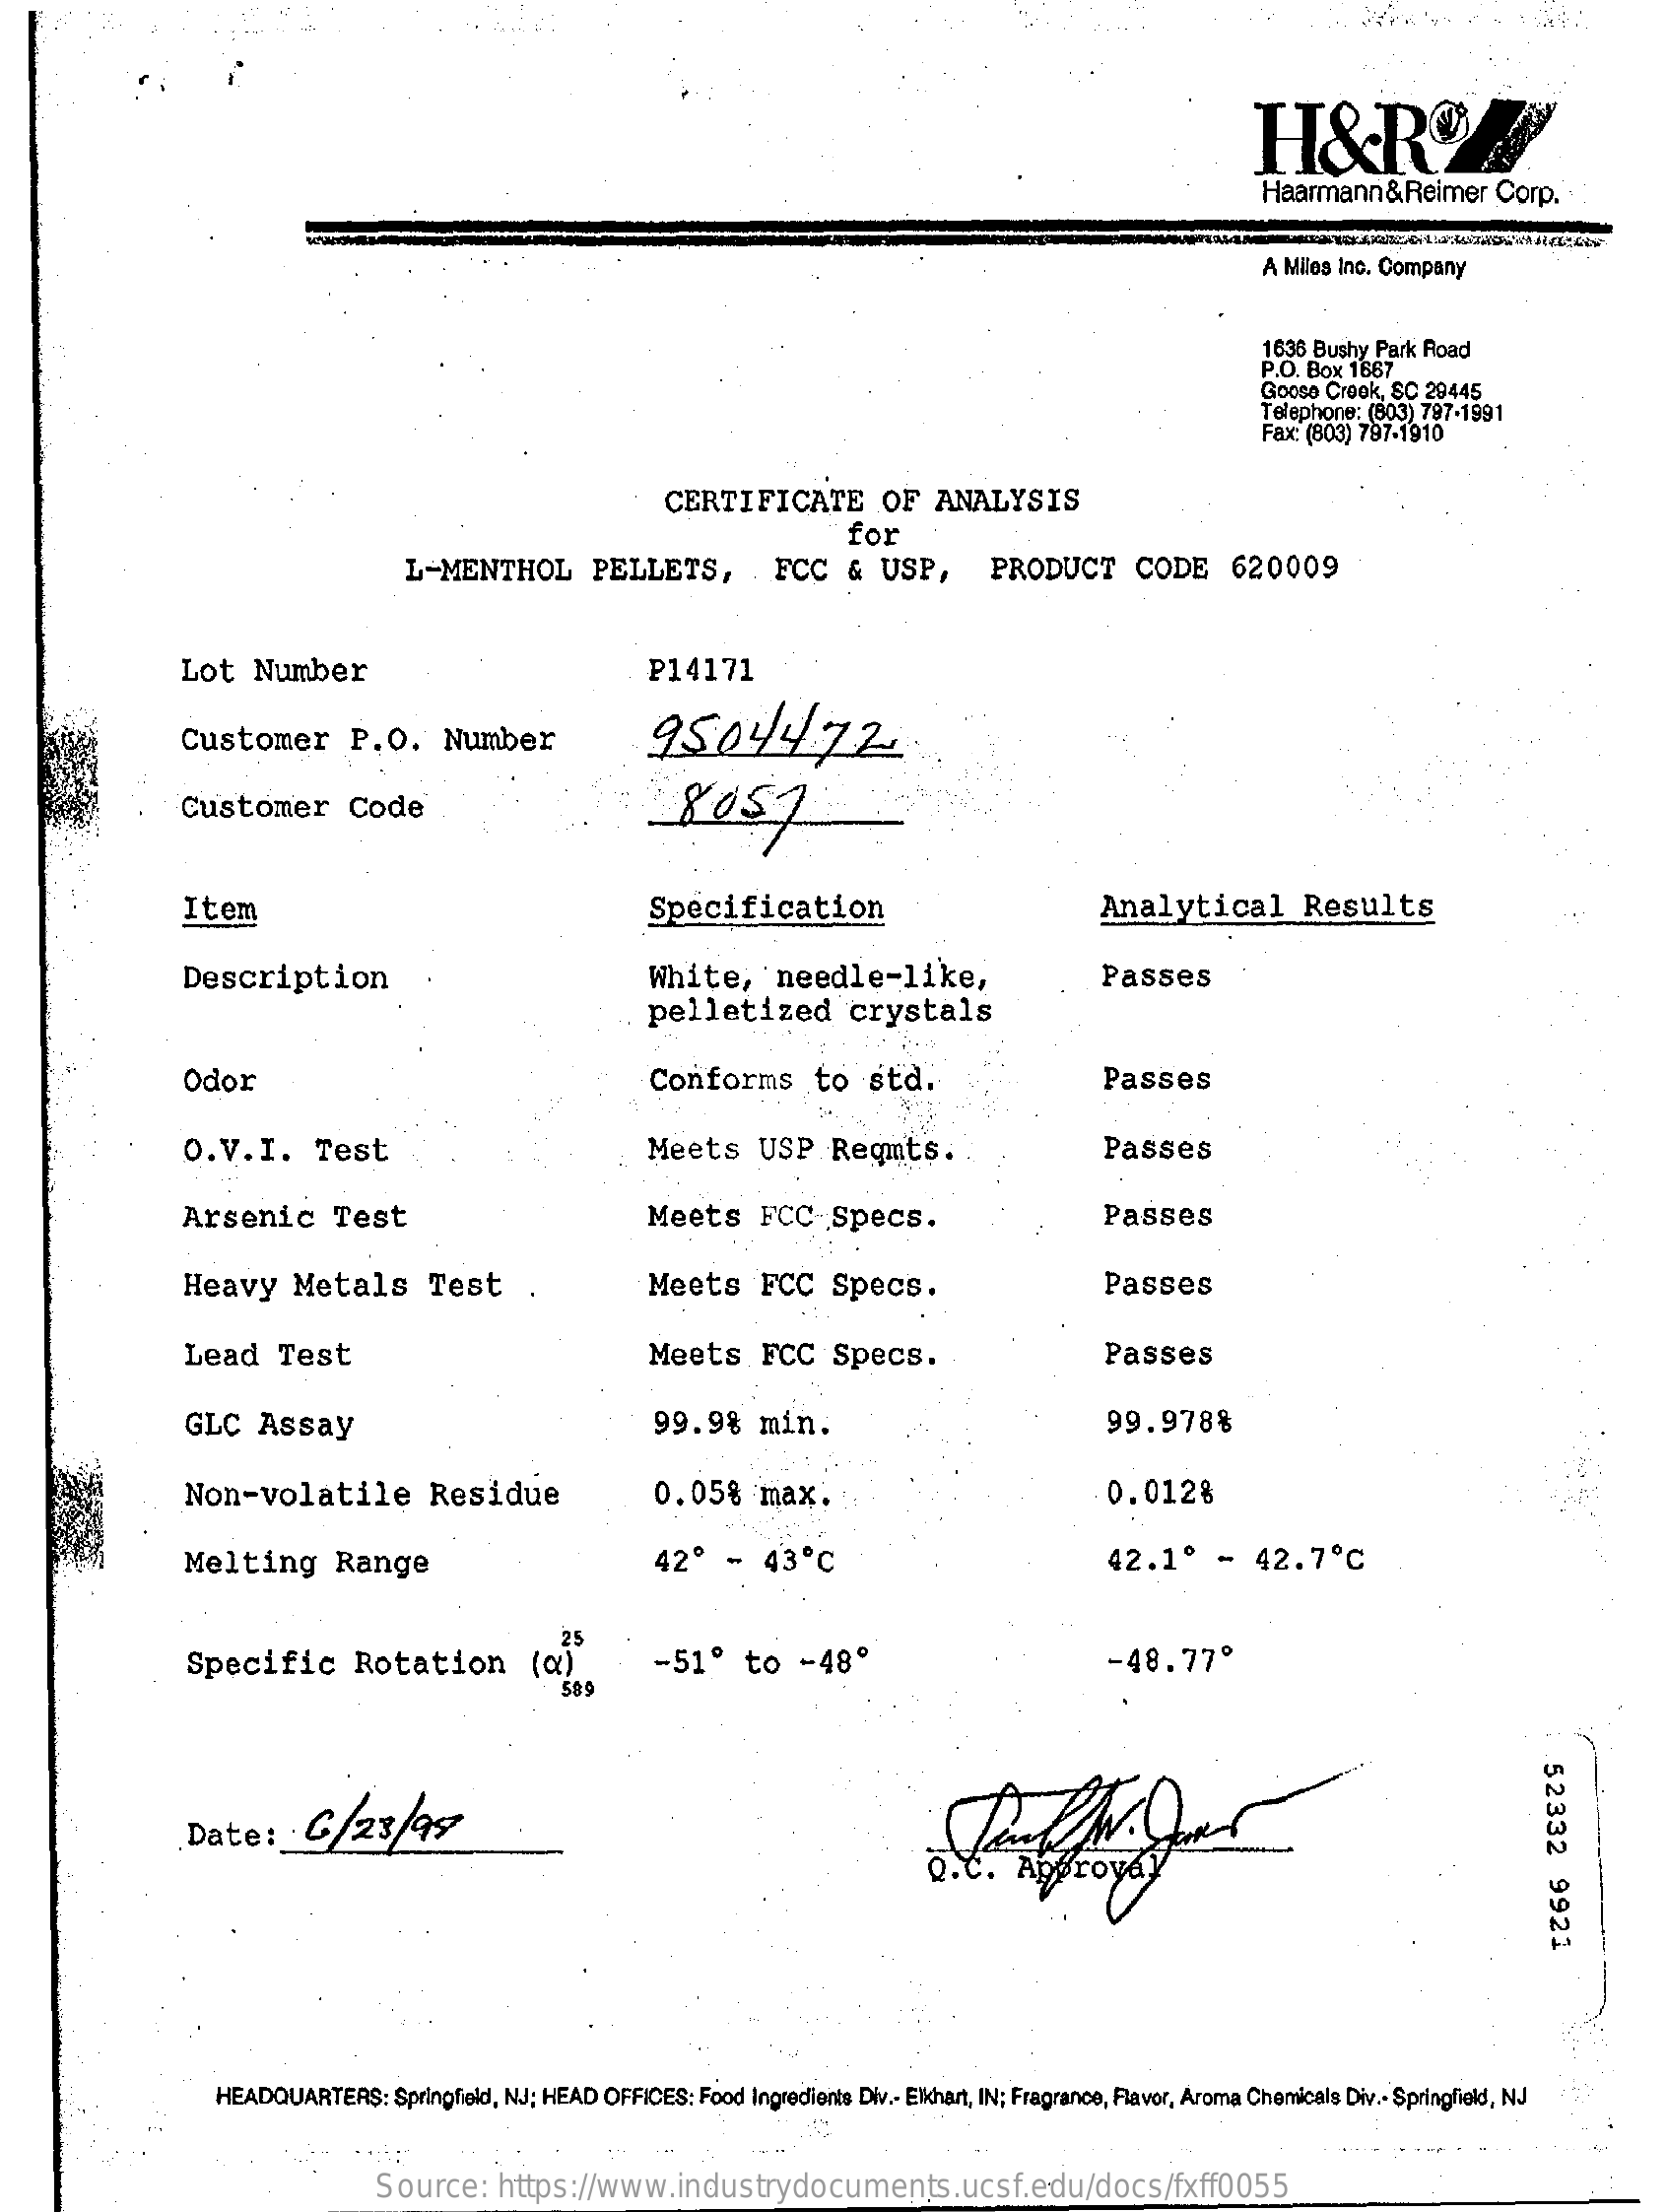
Haarmann&Reimer    Corp.
     A Miles Inc. Company
     1636 Bushy Park Road
     P.O. Box 1667
     Goose Creek, SC 29445
     Telephone: (803) 797-1991
     Fax: (803) 797-1910
     CERTIFICATE    OF   ANALYSIS
     for
     L-MENTHOL    PELLETS,    FCC    &  USP,    PRODUCT    CODE    620009
     Lot   Number    P14171
     Customer    P.O.    Number    9504472
     Customer    Code    8057
     Item    Specification    Analytical    Results
     Description    White,    needle-like,    Passes
     pelletized    crystals
     Odor    Conforms    to   std.    Passes
     O.V.I.    Test    Meets    USP   Regnts.    Passes
     Arsenic    Test    Meets    FCC    Specs.    Passes
     Heavy    Metals    Test    .    Meets    FCC   Specs.    Passes
     Lead    Test    Meets    FCC    Specs.    Passes
     GLC   Assay    99.98    min.    99.978%
     Non-volatile    Residue    0.05%    max.    0.012%
     Melting    Range    42º   -  43   ℃    42.1º    -   42.7    ℃
     Specific    Rotation    (a)
     25
     -51º    to   -48º    -48.77º
     589
     52332
     9921
     Date:    C/23/45
     HEADQUARTERS:   Springfield, NJ; HEAD OFFICES: Food Ingredients Div .- Elkhart, IN; Fragrance, Favor, Aroma Chemicals Div .- Springfield, NJ
     Source:    https://www.industrydocuments.ucsf.edu/docs/fxff0055